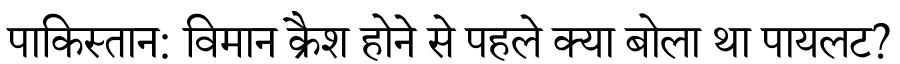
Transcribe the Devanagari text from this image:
पाकिस्तान: विमान क्रैश होने से पहले क्या बोला था पायलट?